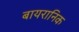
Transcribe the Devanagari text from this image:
बायरानिक